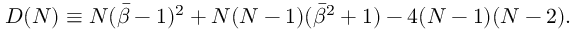
D ( N ) \equiv N ( { \bar { \beta } } - 1 ) ^ { 2 } + N ( N - 1 ) ( { \bar { \beta } } ^ { 2 } + 1 ) - 4 ( N - 1 ) ( N - 2 ) .